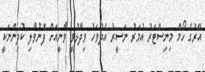
އޭރުގެ ހޯމް މިނިސްޓަރު އުމަރު ނަސީރު އެދުވަހު ވިދާޅުވީ ވާނީއަށް ފޮނުވާލި ކުދިންނަކީ